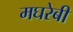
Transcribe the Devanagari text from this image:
मघरेबी